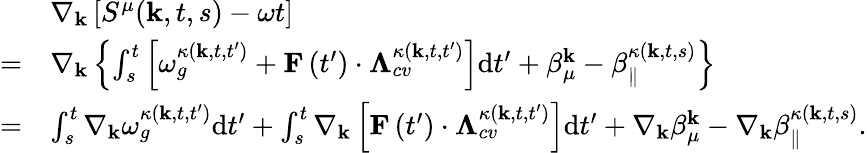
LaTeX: \begin{array}{rl}&{\nabla_{\textbf{k}}\left[S^{\mu}(\mathbf{k},t,s)-\omega t\right]}\\ {=}&{\nabla_{\textbf{k}}\left\{ \int_{s}^{t}\left[\omega_{g}^{\kappa\left(\textbf{k},t,t^{\prime}\right)}+\mathbf{F}\left(t^{\prime}\right)\cdot\mathbf{\Lambda}_{cv}^{\kappa\left(\textbf{k},t,t^{\prime}\right)}\right]\mathrm{d}t^{\prime}+\beta_{\mu}^{\mathbf{k}}-\beta_{\| }^{\kappa(\textbf{k},t,s)}\right\} }\\ {=}&{\int_{s}^{t}\nabla_{\textbf{k}}\omega_{g}^{\kappa\left(\textbf{k},t,t^{\prime}\right)}\mathrm{d}t^{\prime}+\int_{s}^{t}\nabla_{\textbf{k}}\left[\mathbf{F}\left(t^{\prime}\right)\cdot\mathbf{\Lambda}_{cv}^{\kappa\left(\textbf{k},t,t^{\prime}\right)}\right]\mathrm{d}t^{\prime}+\nabla_{\textbf{k}}\beta_{\mu}^{\mathbf{k}}-\nabla_{\textbf{k}}\beta_{\| }^{\kappa(\textbf{k},t,s)}.}\end{array}